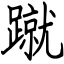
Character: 蹴